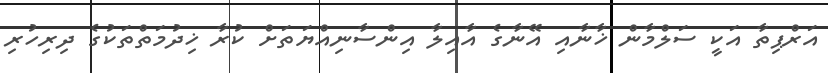
އަރްޕިތާ އަކީ ސަލްމާން ޚާނާއި އޭނާގެ އާއިލާ އިންސާނިއްޔަތަށް ކުރާ ޚިދުމަތްތަކުގެ ދިރިހުރި